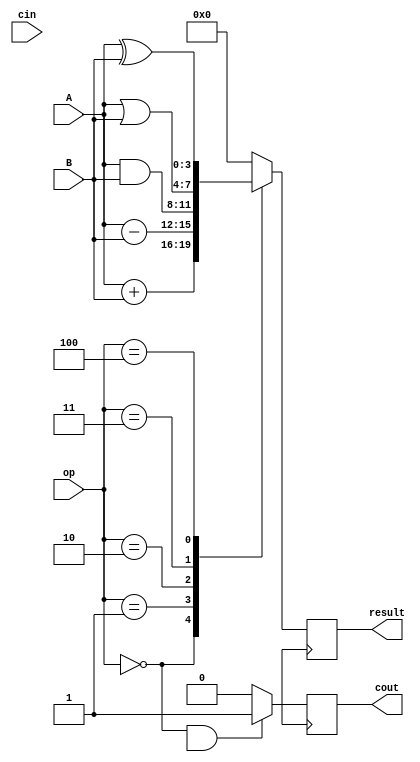
module ALU_4bit (
    input [3:0] A,
    input [3:0] B,
    input [3:0] op,
    input cin,
    output reg [3:0] result,
    output reg cout
);

reg [3:0] temp_result; 

always @ (A or B or op) begin
    case(op)
        4'b0000: temp_result = A + B; // Addition
        4'b0001: temp_result = A - B; // Subtraction
        4'b0010: temp_result = A & B; // Logical AND
        4'b0011: temp_result = A | B; // Logical OR
        4'b0100: temp_result = A ^ B; // Logical XOR
        default: temp_result = 4'b0000; // Default to 0
    endcase
end

always @(posedge clk) begin
    if (op == 4'b0000 || op == 4'b0001) begin
        result <= temp_result;
    end else begin
        result <= temp_result[3:0];
    end
    
    // Carry out for addition operation
    if (op == 4'b0000 && temp_result[4]) begin
        cout <= 1;
    end else begin
        cout <= 0;
    end
end

endmodule